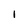
Character: l